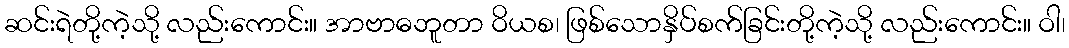
ဆင်းရဲတို့ကဲ့သို့ လည်းကောင်း။ အာဗာဓဘူတာ ဝိယစ၊ ဖြစ်သောနှိပ်စက်ခြင်းတို့ကဲ့သို့ လည်းကောင်း။ ဝါ၊